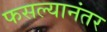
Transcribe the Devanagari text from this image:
फसल्यानंतर